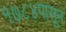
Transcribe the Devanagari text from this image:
१७८४पासून